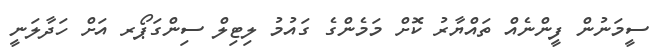
ސީމަނުން ފީންނެއް ތައްޔާރު ކޮށް މަމެންގެ ގައުމު ލިޓިލް ސިންގަޕޯރ އަށް ހަދާލަނީ